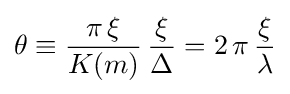
\theta \equiv {\frac {\pi \,\xi }{K(m)}}\,{\frac {\xi }{\Delta }}=2\,\pi \,{\frac {\xi }{\lambda }}